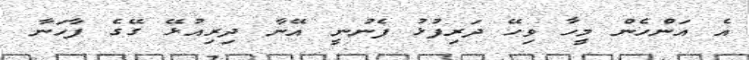
އެ އަންހެން މީހާ ވިހޭ ދަރިފުޅު ފެނުނީ އޭނާ ދިރިއުޅޭ ގޭގެ ފާހަނާ